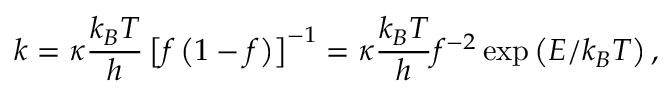
k = \kappa \frac { k _ { B } T } { h } \left[ f \left( 1 - f \right) \right] ^ { - 1 } = \kappa \frac { k _ { B } T } { h } f ^ { - 2 } \exp \left( E / k _ { B } T \right) ,